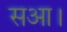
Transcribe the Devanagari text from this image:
सआ।